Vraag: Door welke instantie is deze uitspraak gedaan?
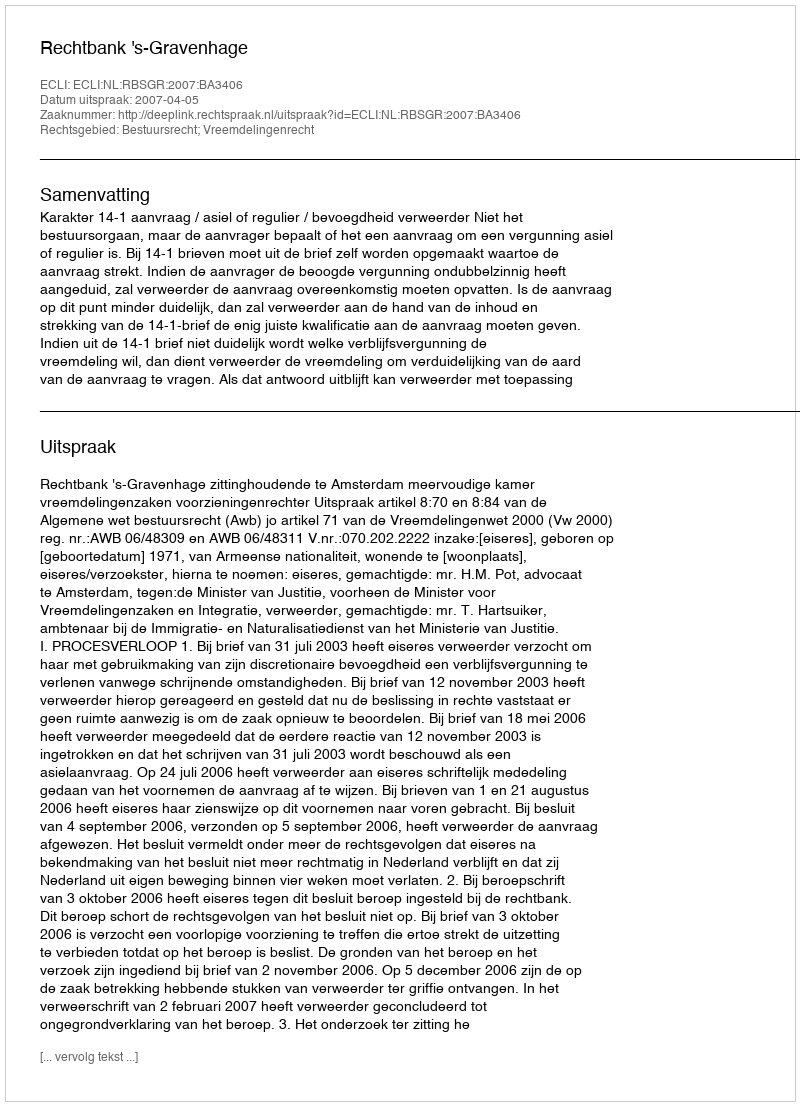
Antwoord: Rechtbank 's-Gravenhage